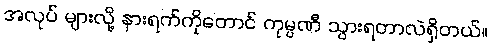
အလုပ် များလို့ နားရက်ကိုတောင် ကုမ္ပဏီ သွားရတာလဲရှိတယ်။